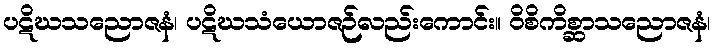
ပဋိဃသညောဇနံ၊ ပဋိဃသံယောဇဉ်လည်းကောင်း။ ဝိစိကိစ္ဆာသညောဇနံ၊